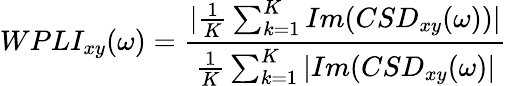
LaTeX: WPLI_{xy}(\omega)=\frac{|\frac{1}{K}\sum_{k=1}^{K}Im(CSD_{xy}(\omega))|}{\frac{1}{K}\sum_{k=1}^{K}|Im(CSD_{xy}(\omega)|}